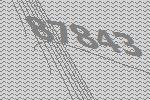
87843